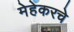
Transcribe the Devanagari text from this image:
मेहेकरचे